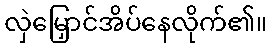
လှဲမြှောင်အိပ်နေလိုက်၏။